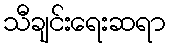
သီချင်းရေးဆရာ